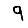
Digit: 9